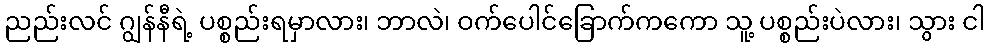
ညည်းလင် ဂျွန်နီရဲ့ ပစ္စည်းရမှာလား၊ ဘာလဲ၊ ဝက်ပေါင်ခြောက်ကကော သူ့ ပစ္စည်းပဲလား၊ သွား ငါ